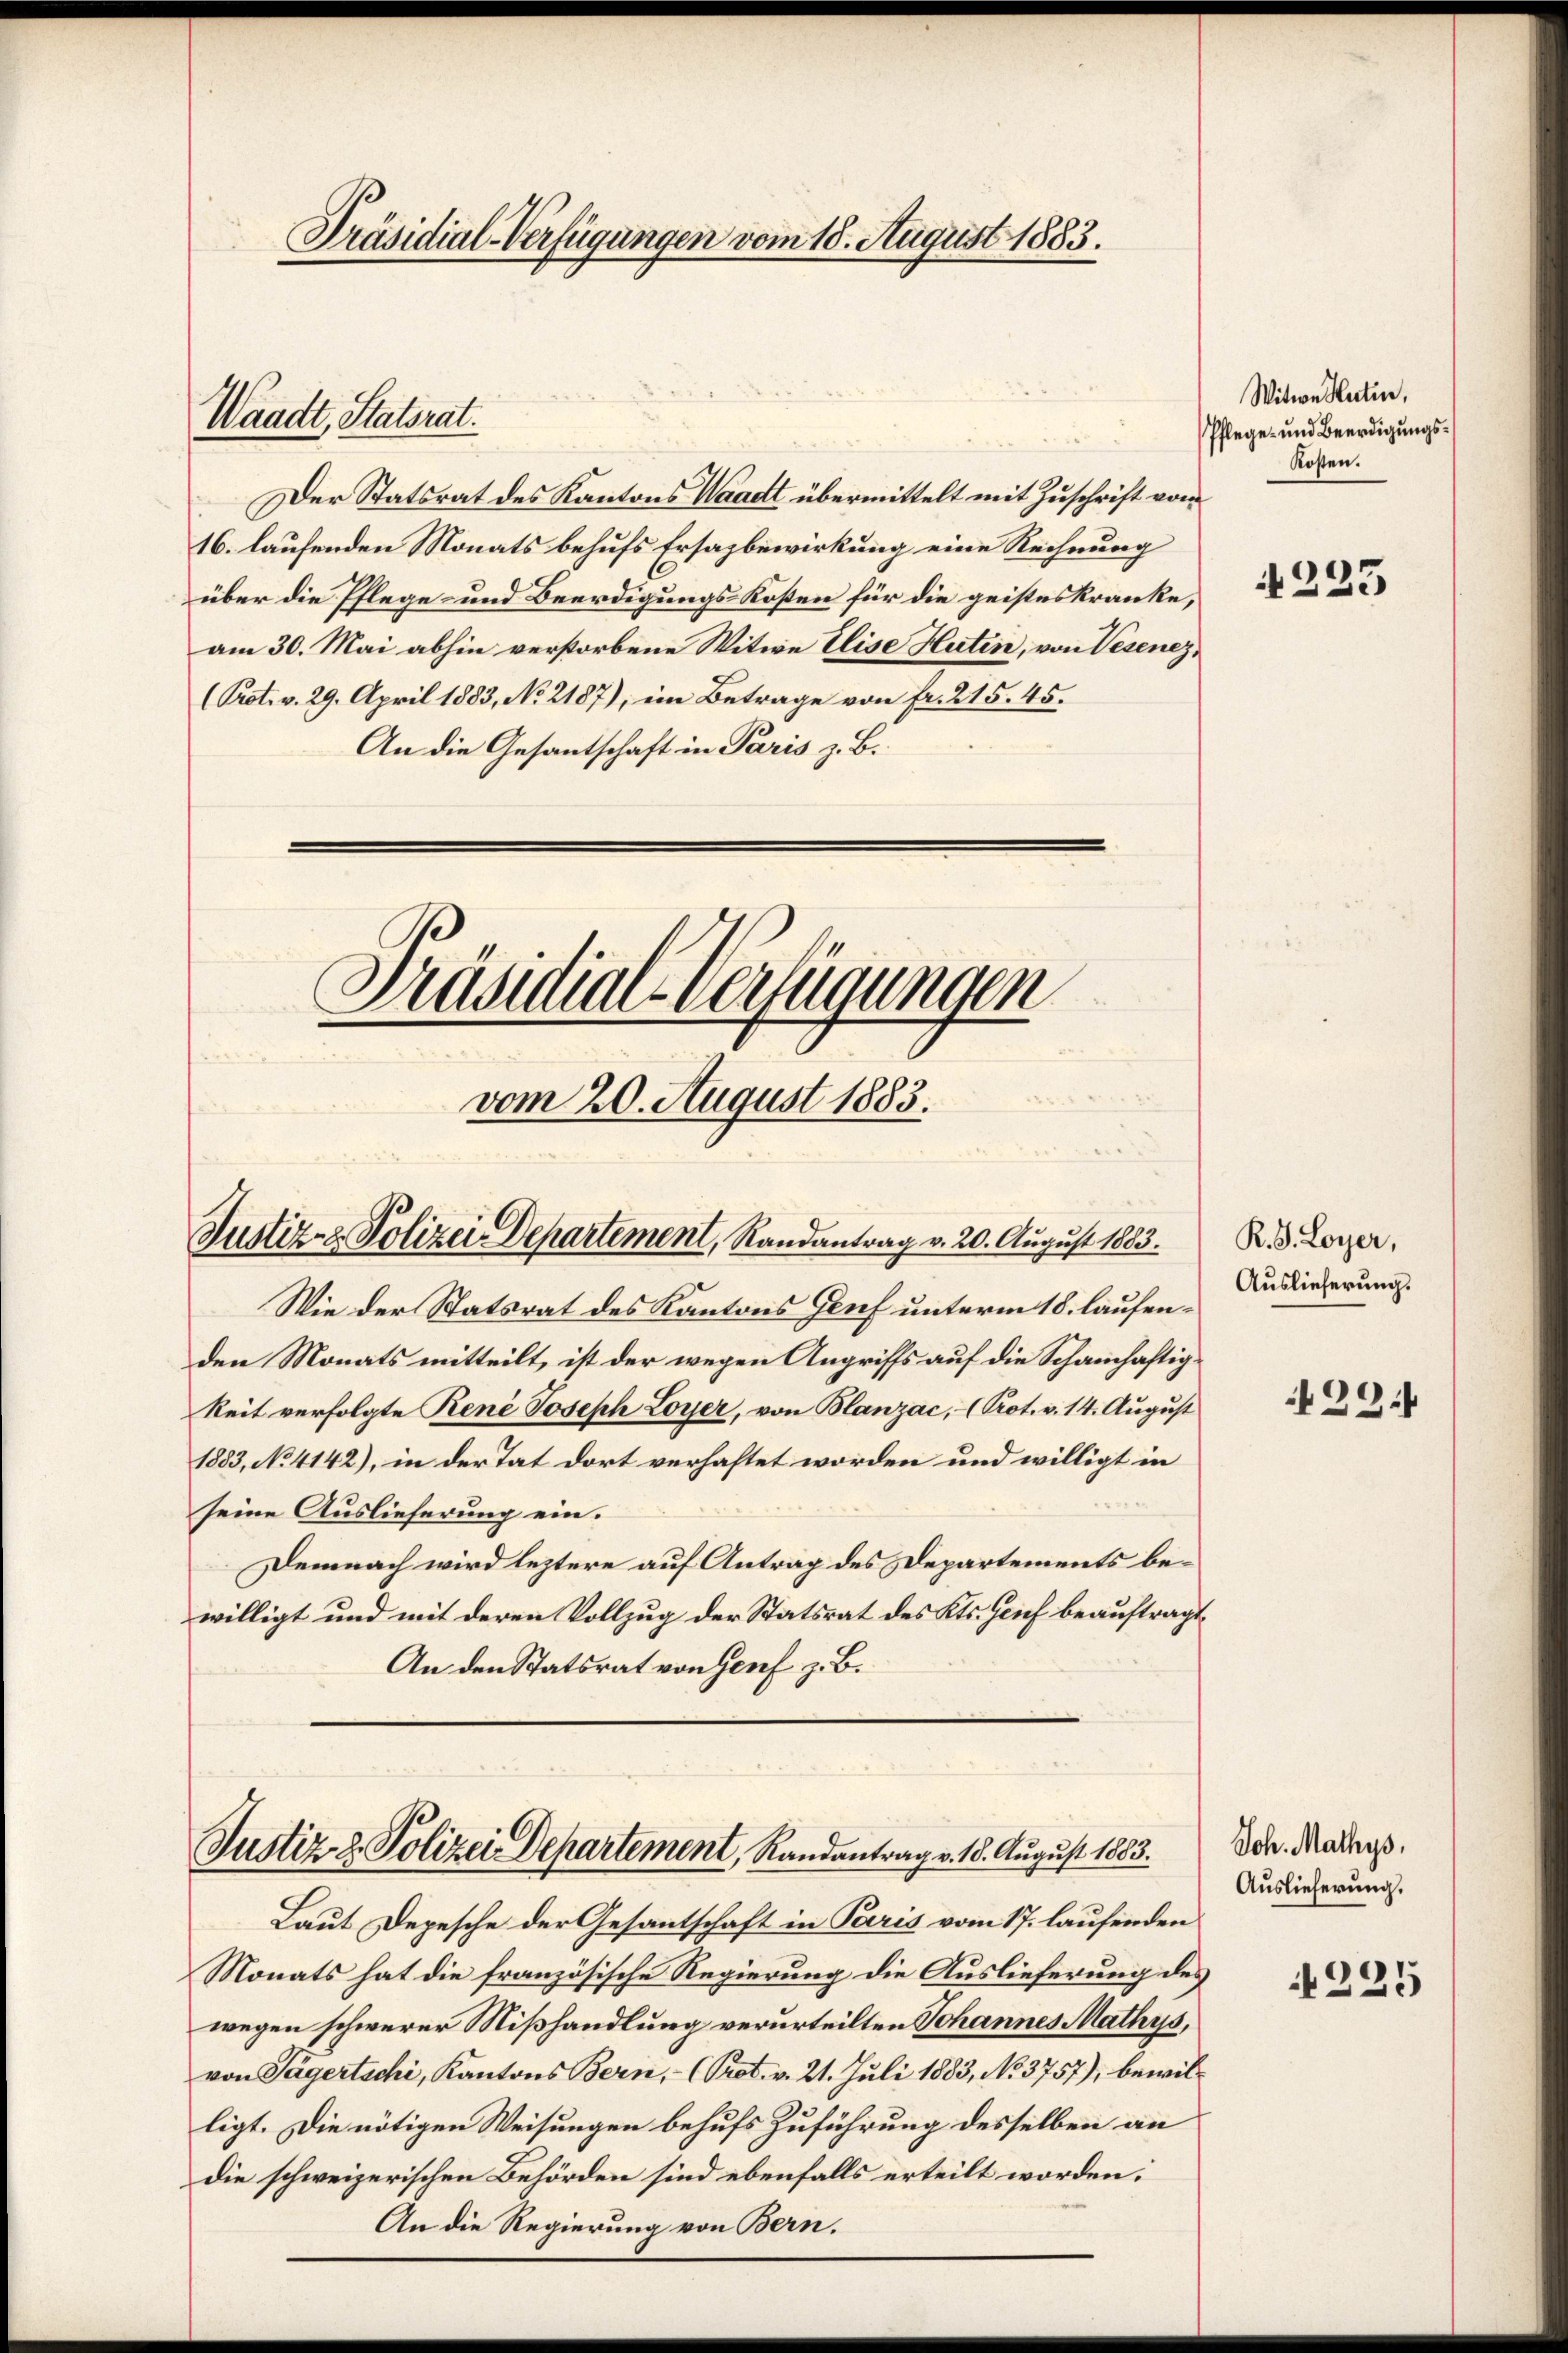
Präsidial-Verfügungen vom 18. August 1883.

Waadt, Statsrat.

Der Statsrat des Kantons Waadt übermittelt mit Zuschrift vom
16. laufenden Monats behufs Ersazbewirkung eine Rechnung
über die Pflege- und Beerdigungs-Kosten für die geisteskranke,
am 30. Mai abhin verstorbene Witwe Elise Huten, von Wesenez,
(Prot. v. 29. April 1883, No 2187), ein Betrage von fr. 215. 45.
An die Gesantschaft in Paris z. B.
Präsidial-Verfügungen

vom 20. August 1883.
Justiz- & Polizei Departement, Randantrag v. 20. August 1883.

Wie der Statsrat des Kantons Gruf unterm 18. laufenden Monats mitteilt, ist der wegen Angriffs auf die Schainhaftigkeit verfolgte René Joseph Loyer, von Blanzac,- (Prot. v. 14. August
1883, No. 4142), in der Tat dort verhaftet worden und willigt in
seine Auslieferung ein.
Demnach wird leztere auf Antrag des Departements bewilligt und mit deren Vollzug der Statsrat des Kts. Genf beauftragt
An den Statsrat von Genf z. B.

Justiz & Polizei Departement, Randantrag v. 18. August 1883.

Laut Depesche der Gesantschaft in Paris vom 17. laufenden
Monats hat die französische Regierung die Auslieferung des
wegen schwerer Mißhandlung verurteilten Johannes Mathys,
von Tagertschi, Kantons Bern, - (Prot. v. 21. Juli 1883, No. 3757), bewilligt. Die nötigen Weisungen behufs Zuführung desselben an
die schweizerischen Behörden sind ebenfalls erteilt worden:
An die Regierung von Bern.

Witwe Hartin,
Pflege und Beerdigungs¬
Kosten.

1223

R. S. Loyer,
Auslieferung.

29.

Joh. Mathys,
Auslieferung.

225